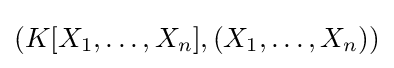
(K[X_{1},\dots ,X_{n}],(X_{1},\dots ,X_{n}))